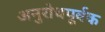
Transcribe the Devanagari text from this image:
अनुरोधपूर्वक